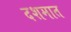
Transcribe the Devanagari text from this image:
दशमात